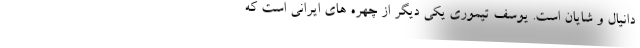
دانیال و شایان است. یوسف تیموری یکی دیگر از چهره های ایرانی است که